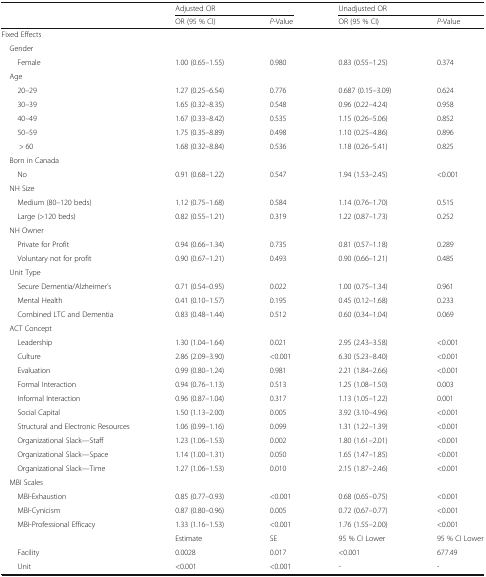
<table><thead><tr><td rowspan="2"></td><td colspan="2"><b>Adjusted OR</b></td><td colspan="2"><b>Unadjusted OR</b></td></tr><tr><td><b>OR (95 % CI)</b></td><td><b><i>P</i>-Value</b></td><td><b>OR (95 % CI)</b></td><td><b><i>P</i>-Value</b></td></tr></thead><tbody><tr><td colspan="5">Fixed Effects</td></tr><tr><td colspan="5"> Gender</td></tr><tr><td>Female</td><td>1.00 (0.65–1.55)</td><td>0.980</td><td>0.83 (0.55–1.25)</td><td>0.374</td></tr><tr><td colspan="5"> Age</td></tr><tr><td>20–29</td><td>1.27 (0.25–6.54)</td><td>0.776</td><td>0.687 (0.15–3.09)</td><td>0.624</td></tr><tr><td>30–39</td><td>1.65 (0.32–8.35)</td><td>0.548</td><td>0.96 (0.22–4.24)</td><td>0.958</td></tr><tr><td>40–49</td><td>1.67 (0.33–8.42)</td><td>0.535</td><td>1.15 (0.26–5.06)</td><td>0.852</td></tr><tr><td>50–59</td><td>1.75 (0.35–8.89)</td><td>0.498</td><td>1.10 (0.25–4.86)</td><td>0.896</td></tr><tr><td>&gt; 60</td><td>1.68 (0.32–8.84)</td><td>0.536</td><td>1.18 (0.26–5.41)</td><td>0.825</td></tr><tr><td colspan="5"> Born in Canada</td></tr><tr><td>No</td><td>0.91 (0.68–1.22)</td><td>0.547</td><td>1.94 (1.53–2.45)</td><td>&lt;0.001</td></tr><tr><td colspan="5"> NH Size</td></tr><tr><td>Medium (80–120 beds)</td><td>1.12 (0.75–1.68)</td><td>0.584</td><td>1.14 (0.76–1.70)</td><td>0.515</td></tr><tr><td>Large (&gt;120 beds)</td><td>0.82 (0.55–1.21)</td><td>0.319</td><td>1.22 (0.87–1.73)</td><td>0.252</td></tr><tr><td colspan="5"> NH Owner</td></tr><tr><td>Private for Profit</td><td>0.94 (0.66–1.34)</td><td>0.735</td><td>0.81 (0.57–1.18)</td><td>0.289</td></tr><tr><td>Voluntary not for profit</td><td>0.90 (0.67–1.21)</td><td>0.493</td><td>0.90 (0.66–1.21)</td><td>0.485</td></tr><tr><td colspan="5"> Unit Type</td></tr><tr><td>Secure Dementia/Alzheimer’s</td><td>0.71 (0.54–0.95)</td><td>0.022</td><td>1.00 (0.75–1.34)</td><td>0.961</td></tr><tr><td>Mental Health</td><td>0.41 (0.10–1.57)</td><td>0.195</td><td>0.45 (0.12–1.68)</td><td>0.233</td></tr><tr><td>Combined LTC and Dementia</td><td>0.83 (0.48–1.44)</td><td>0.512</td><td>0.60 (0.34–1.04)</td><td>0.069</td></tr><tr><td colspan="5"> ACT Concept</td></tr><tr><td>Leadership</td><td>1.30 (1.04–1.64)</td><td>0.021</td><td>2.95 (2.43–3.58)</td><td>&lt;0.001</td></tr><tr><td>Culture</td><td>2.86 (2.09–3.90)</td><td>&lt;0.001</td><td>6.30 (5.23–8.40)</td><td>&lt;0.001</td></tr><tr><td>Evaluation</td><td>0.99 (0.80–1.24)</td><td>0.981</td><td>2.21 (1.84–2.66)</td><td>&lt;0.001</td></tr><tr><td>Formal Interaction</td><td>0.94 (0.76–1.13)</td><td>0.513</td><td>1.25 (1.08–1.50)</td><td>0.003</td></tr><tr><td>Informal Interaction</td><td>0.96 (0.87–1.04)</td><td>0.317</td><td>1.13 (1.05–1.22)</td><td>0.001</td></tr><tr><td>Social Capital</td><td>1.50 (1.13–2.00)</td><td>0.005</td><td>3.92 (3.10–4.96)</td><td>&lt;0.001</td></tr><tr><td>Structural and Electronic Resources</td><td>1.06 (0.99–1.16)</td><td>0.099</td><td>1.31 (1.22–1.39)</td><td>&lt;0.001</td></tr><tr><td>Organizational Slack—Staff</td><td>1.23 (1.06–1.53)</td><td>0.002</td><td>1.80 (1.61–2.01)</td><td>&lt;0.001</td></tr><tr><td>Organizational Slack—Space</td><td>1.14 (1.00–1.31)</td><td>0.050</td><td>1.65 (1.47–1.85)</td><td>&lt;0.001</td></tr><tr><td>Organizational Slack—Time</td><td>1.27 (1.06–1.53)</td><td>0.010</td><td>2.15 (1.87–2.46)</td><td>&lt;0.001</td></tr><tr><td colspan="5"> MBI Scales</td></tr><tr><td>MBI-Exhaustion</td><td>0.85 (0.77–0.93)</td><td>&lt;0.001</td><td>0.68 (0.65–0.75)</td><td>&lt;0.001</td></tr><tr><td>MBI-Cynicism</td><td>0.87 (0.80–0.96)</td><td>0.005</td><td>0.72 (0.67–0.77)</td><td>&lt;0.001</td></tr><tr><td>MBI-Professional Efficacy</td><td>1.33 (1.16–1.53)</td><td>&lt;0.001</td><td>1.76 (1.55–2.00)</td><td>&lt;0.001</td></tr><tr><td></td><td>Estimate</td><td>SE</td><td>95 % CI Lower</td><td>95 % CI Lower</td></tr><tr><td>Facility</td><td>0.0028</td><td>0.017</td><td>&lt;0.001</td><td>677.49</td></tr><tr><td>Unit</td><td>&lt;0.001</td><td>&lt;0.001</td><td>-</td><td>-</td></tr></tbody></table>